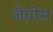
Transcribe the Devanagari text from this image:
जैग्रोस